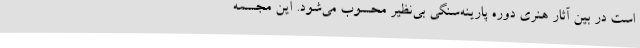
است در بین آثار هنری دوره پارینه‌سنگی بی‌نظیر محسوب می‌شود. این مجسمه